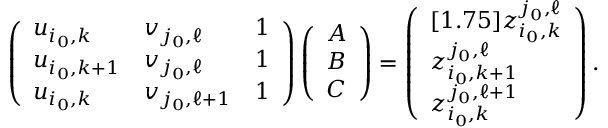
\left( \begin{array} { l l l } { u _ { i _ { 0 } , k } } & { v _ { j _ { 0 } , \ell } } & { 1 } \\ { u _ { i _ { 0 } , k + 1 } } & { v _ { j _ { 0 } , \ell } } & { 1 } \\ { u _ { i _ { 0 } , k } } & { v _ { j _ { 0 } , \ell + 1 } } & { 1 } \end{array} \right) \left( \begin{array} { l } { A } \\ { B } \\ { C } \end{array} \right) = \left( \begin{array} { l } { [ 1 . 7 5 ] z _ { i _ { 0 } , k } ^ { j _ { 0 } , \ell } } \\ { z _ { i _ { 0 } , k + 1 } ^ { j _ { 0 } , \ell } } \\ { z _ { i _ { 0 } , k } ^ { j _ { 0 } , \ell + 1 } } \end{array} \right) .